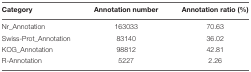
<table><thead><tr><td><b>Category</b></td><td><b>Annotation number</b></td><td><b>Annotation ratio (%)</b></td></tr></thead><tbody><tr><td>Nr_Annotation</td><td>163033</td><td>70.63</td></tr><tr><td>Swiss-Prot_Annotation</td><td>83140</td><td>36.02</td></tr><tr><td>KOG_Annotation</td><td>98812</td><td>42.81</td></tr><tr><td>R-Annotation</td><td>5227</td><td>2.26</td></tr></tbody></table>